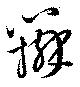
辯